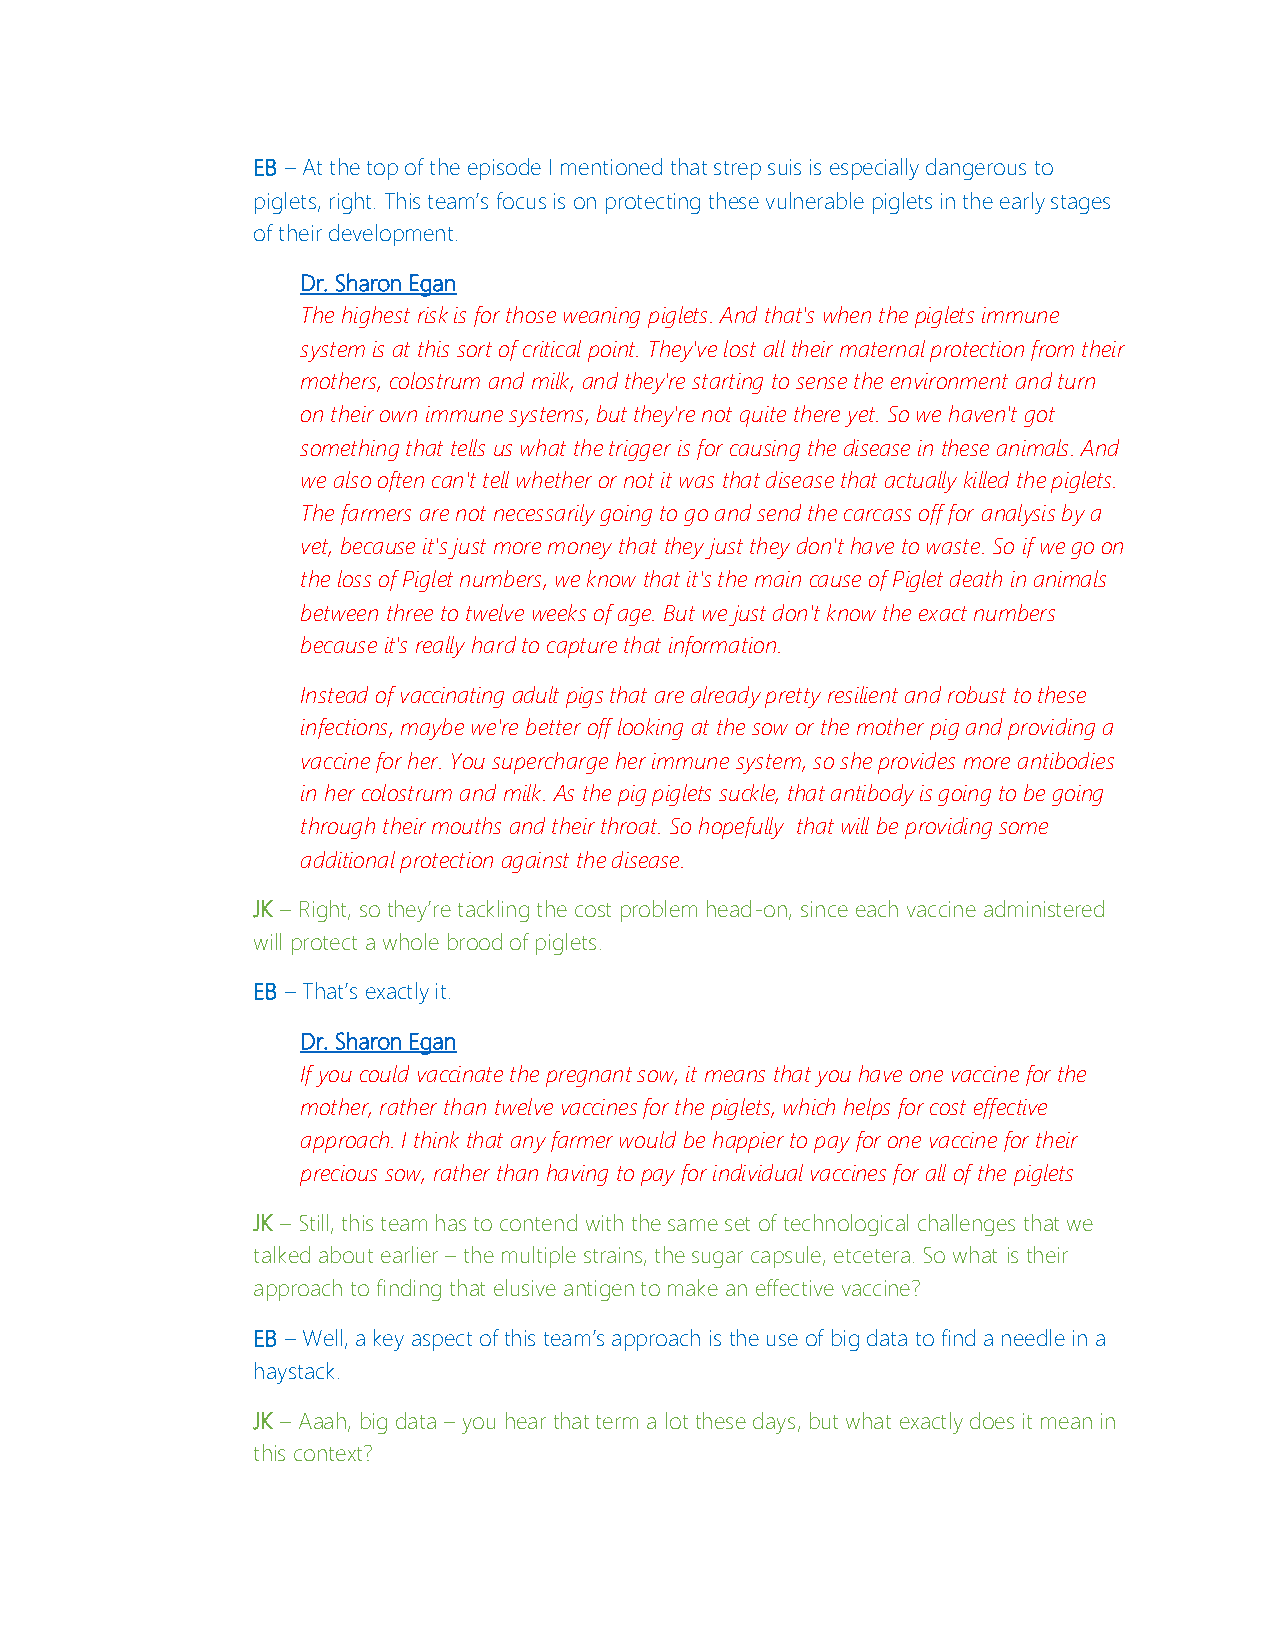
EB – At the top of the episode I mentioned that strep suis is especially dangerous to
 piglets, right. This team’s focus is on protecting these vulnerable piglets in the early stages
 of their development.
 Dr. Sharon Egan
 The highest risk is for those weaning piglets. And that's when the piglets immune
 system is at this sort of critical point. They've lost all their maternal protection from their
 mothers, colostrum and milk, and they're starting to sense the environment and turn
 on their own immune systems, but they're not quite there yet. So we haven't got
 something that tells us what the trigger is for causing the disease in these animals. And
 we also often can't tell whether or not it was that disease that actually killed the piglets.
 The farmers are not necessarily going to go and send the carcass off for analysis by a
 vet, because it's just more money that they just they don't have to waste. So if we go on
 the loss of Piglet numbers, we know that it's the main cause of Piglet death in animals
 between three to twelve weeks of age. But we just don't know the exact numbers
 because it's really hard to capture that information.
 Instead of vaccinating adult pigs that are already pretty resilient and robust to these
 infections, maybe we're better off looking at the sow or the mother pig and providing a
 vaccine for her. You supercharge her immune system, so she provides more antibodies
 in her colostrum and milk. As the pig piglets suckle, that antibody is going to be going
 through their mouths and their throat. So hopefully that will be providing some
 additional protection against the disease.
 JK – Right, so they’re tackling the cost problem head-on, since each vaccine administered
 will protect a whole brood of piglets.
 EB – That’s exactly it.
 Dr. Sharon Egan
 If you could vaccinate the pregnant sow, it means that you have one vaccine for the
 mother, rather than twelve vaccines for the piglets, which helps for cost effective
 approach. I think that any farmer would be happier to pay for one vaccine for their
 precious sow, rather than having to pay for individual vaccines for all of the piglets
 JK – Still, this team has to contend with the same set of technological challenges that we
 talked about earlier – the multiple strains, the sugar capsule, etcetera. So what is their
 approach to finding that elusive antigen to make an effective vaccine?
 EB – Well, a key aspect of this team’s approach is the use of big data to find a needle in a
 haystack.
 JK – Aaah, big data – you hear that term a lot these days, but what exactly does it mean in
 this context?